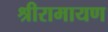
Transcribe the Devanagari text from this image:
श्रीरामायण